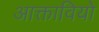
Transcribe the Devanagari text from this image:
आक्तावियो